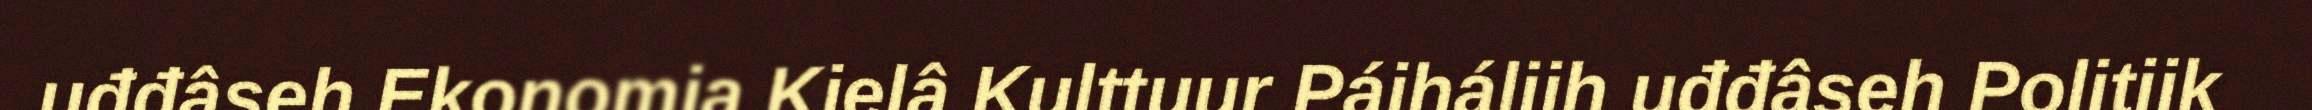
uđđâseh Ekonomia Kielâ Kulttuur Páiháliih uđđâseh Politiik